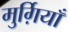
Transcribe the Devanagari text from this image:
मुर्ग़ियाँ